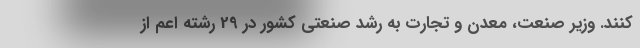
کنند. وزیر صنعت، معدن و تجارت به رشد صنعتی کشور در 29 رشته اعم از